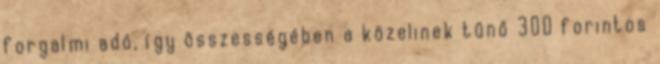
forgalmi adó, így összességében a közelinek tűnő 300 forintos